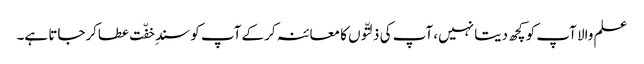
علم والا آپ کو کچھ دیتا نہیں، آپ کی ذلتّوں کا معائنہ کرکے آپ کو سندِ خفّت عطاکرجاتا ہے۔